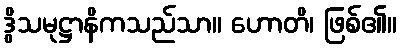
ဒွိသမုဋ္ဌာနိကသည်သာ။ ဟောတိ၊ ဖြစ်၏။